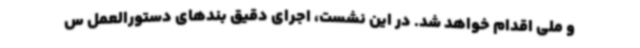
و ملی اقدام خواهد شد. در این نشست، اجرای دقیق بندهای دستورالعمل س